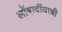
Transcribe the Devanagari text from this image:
लोंबार्दीयाची